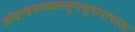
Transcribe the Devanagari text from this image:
कोदण्डचण्डशरतूणयुगाप्तभासः